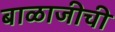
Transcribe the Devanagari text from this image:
बाळाजीची